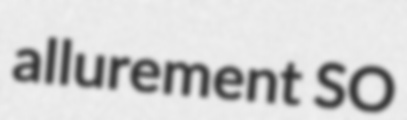
allurement SO